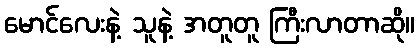
မောင်လေးနဲ့ သူနဲ့ အတူတူ ကြီးလာတာဆို။